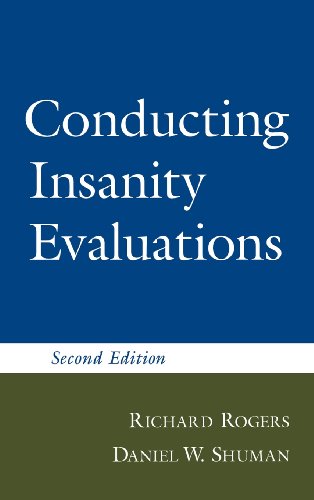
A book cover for Conducting Insanity Evaluations, Second Edition; Richard Rogers PhD  ABPP; Law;